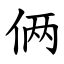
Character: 俩